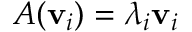
A ( \mathbf { v } _ { i } ) = \lambda _ { i } \mathbf { v } _ { i }